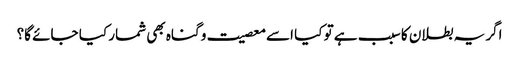
اگر یہ بطلان کا سبب ہے تو کیا اسے معصیت و گناہ بھی شمار کیا جائے گا؟